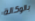
بالوكالة